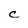
Character: c